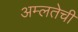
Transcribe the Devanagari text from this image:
अम्लतेची